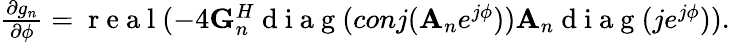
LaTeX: \begin{array}{r}{{\frac{\partial g_{n}}{\partial\phi}}=\mathrm{~r~e~a~l~}(-4{\mathbf G}_{n}^{H}\mathrm{~d~i~a~g~}(conj({{\mathbf A}_{n}}e^{j\phi})){{\mathbf A}_{n}}\mathrm{~d~i~a~g~}(je^{j\phi})).}\end{array}